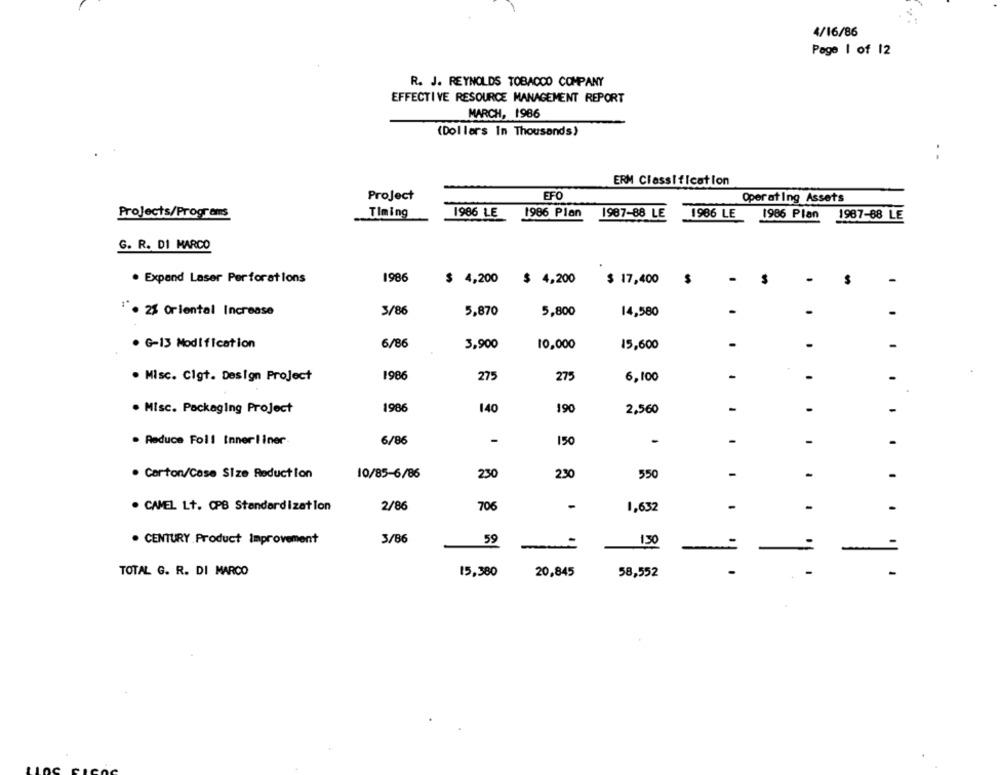
4/16/86
Page 1 of 12
R. J. REYNOLDS TOBACCO COMPANY
EFFECTIVE RESOURCE MANAGEMENT REPORT
MARCH, 1986
(Dollars In Thousands)
..
ERM Classification
Project
EFO
Operating Assets
Projects/Programs
Timing
1986 LE
1986 Plan
1987-88 LE
1986 Plan
1987-88 LE
1986 LE
G. R. DI MARCO
. Expand Laser Perforations
1986
$
-
$
$ 4,200 $ 4,200
$ 17,400
5,870
5,800
1. 25 Oriental Increase
3/86
14,580
.
.
. G-13 Modification
6/86
3,900
10,000
15,600
-
. Misc. Cigt. Design Project
1986
275
275
6,100
-
-
.
. Misc. Packaging Project
1986
140
190
2,560
-
-
. Reduce Foll Innerliner
6/86
-
150
.
-
-
230
230
550
-
· Carton/Cose Size Reduction
10/85-6/86
-
. CAMEL Lt. @PB Standardization
2/86
706
-
1,632
-
-
-
. CENTURY Product Improvement
3/86
59
130
-
-
TOTAL G. R. DI MARCO
15,380
20,845
58,552
.